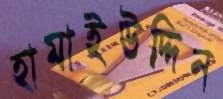
হামাইউদ্দিন